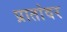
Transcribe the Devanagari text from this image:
प्रातांवर